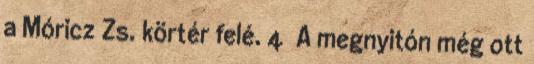
a Móricz Zs. körtér felé. 4 A megnyitón még ott